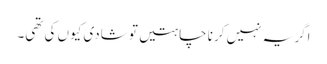
اگر یہ نہیں کرنا چاہتیں تو شادی کیوں کی تھی۔